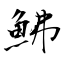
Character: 鮄